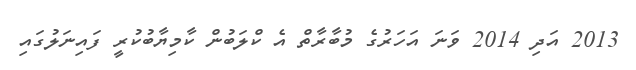
2013 އަދި 2014 ވަނަ އަހަރުގެ މުބާރާތް އެ ކްލަބުން ކާމިޔާބުކުރީ ފައިނަލުގައި